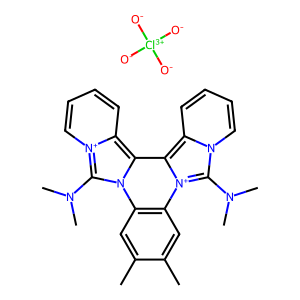
SMILES: Cc1cc2c(cc1C)[n+]1c(N(C)C)n3ccccc3c1c1c3cccc[n+]3c(N(C)C)n21.[O-][Cl+3]([O-])([O-])[O-]
Inhibits HIV replication: No